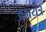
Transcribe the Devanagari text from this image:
अभयंत्र